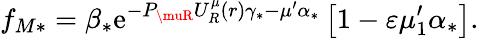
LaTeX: f_{M\ast}=\beta_{\ast}\mathrm{e}^{-P_{\muR}U_{R}^{\mu}\left(r\right)\gamma_{\ast}-\mu^{\prime}\alpha_{\ast}}\left[1-\varepsilon\mu_{1}^{\prime}\alpha_{\ast}\right].